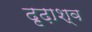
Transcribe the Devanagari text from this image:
दृढ़ाश्व